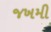
જખમી